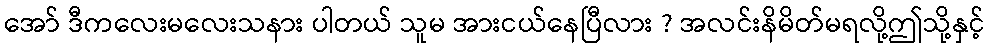
အော် ဒီကလေးမလေးသနား ပါတယ် သူမ အားငယ်နေပြီလား ? အလင်းနိမိတ်မရလို့ဤသို့နှင့်